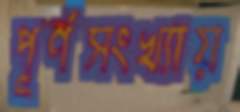
পূর্ণসংখ্যায়